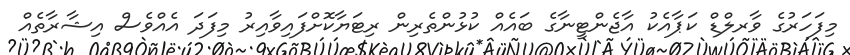
މިފަހަރުގެ ވާރލްޑް ކަޕާއެކު އާޖެންޓީނާގެ ބައެއް ކުޅުންތެރިން ރިޓަޔާކޮށްފައިވާއިރު މިފަދަ އެއްވެސް އިޝާރާތެއް